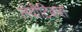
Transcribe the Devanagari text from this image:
लेवीटिकस